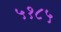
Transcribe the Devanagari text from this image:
५१८५